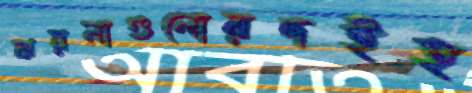
ঝরনাগুলোরদইহ